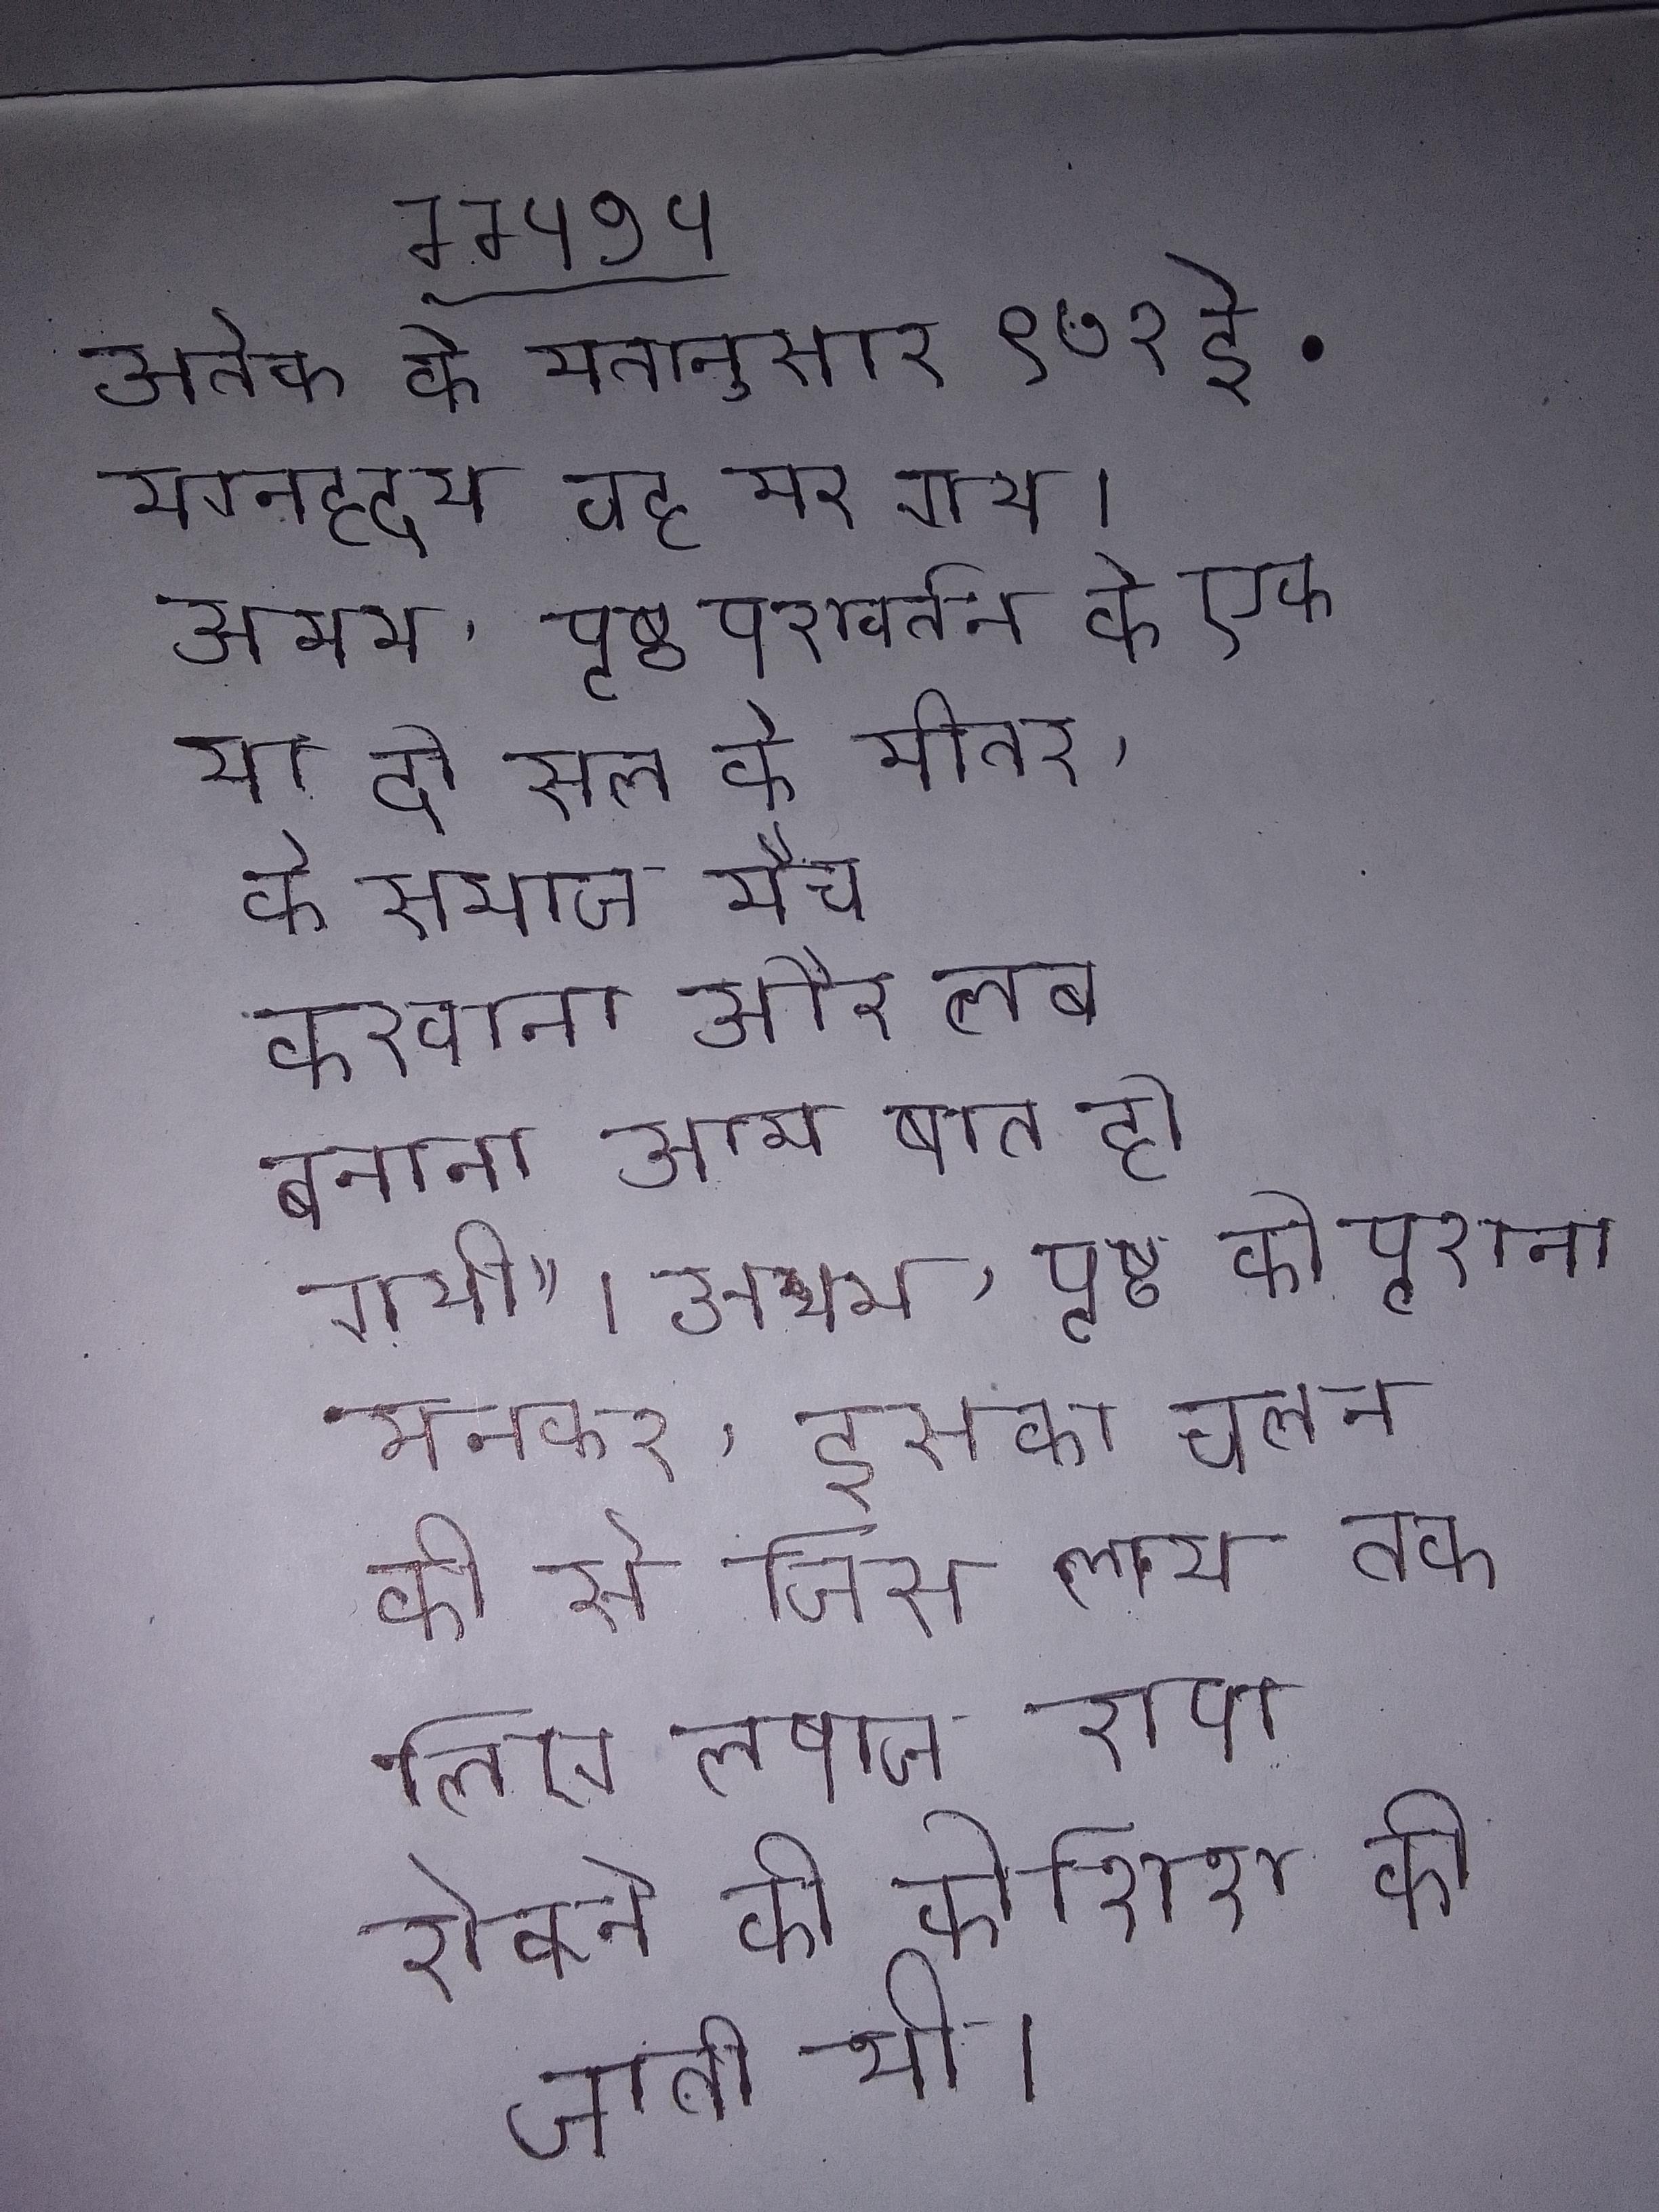
अल्तेक के मतानुसार ९७२ ई. भग्नहृदय वह मर गया । अल्थम, पृष्ठ परावर्तन के एक या दो साल के भीतर, के समाज मैच करवाना और क्लब बनाना आम बात हो गयी" । अल्थम, पृष्ठ को पुराना खेल मानकर, इसका चलन की से हुआ हो, जिसे लक्ष्य तक से रोकने के लिए बल्लेबाज द्वारा रोकने की कोशिश की जाती थी ।